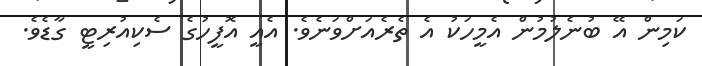
ކަމިން އޭ ބުނެލުމުން އެމީހަކު އެ ތެރެއަށްވަނެވެ. އެއީ އޮފީހުގެ ސެކިއުރިޓީ ގާޑެވެ.